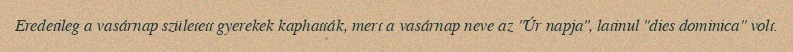
Eredetileg a vasárnap született gyerekek kaphatták, mert a vasárnap neve az "Úr napja", latinul "dies dominica" volt.